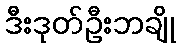
ဒီးဒုတ်ဦးဘချို